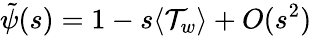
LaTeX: \tilde{\psi}(s)=1-s\langle\mathcal{T}_{w}\rangle+O(s^{2})